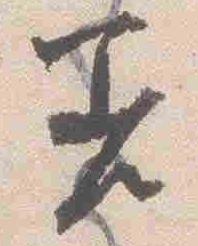
差